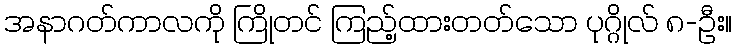
အနာဂတ်ကာလကို ကြိုတင် ကြည့်ထားတတ်သော ပုဂ္ဂိုလ် ၈-ဦး။